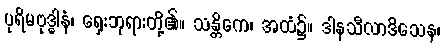
ပုရိမဗုဒ္ဓါနံ၊ ရှေးဘုရားတို့၏။ သန္တိကေ၊ အထံ၌။ ဒါနသီလာဒိသေန၊